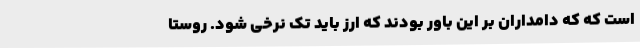
است که که دامداران بر این باور بودند که ارز باید تک نرخی شود. روستا